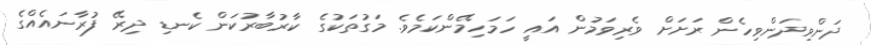
ދަންވިދަންވިހެން ރަށަށް ވެރިވަމުން އައީ ހަމަހިމޭންކަމެވެ. މަގުތަކުގެ ކާރުބާރުކަން ކެނޑި ދިރޭ ފުރާނައެއްގެ